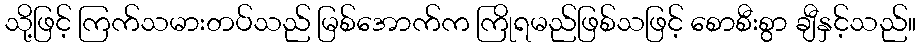
သို့ဖြင့် ကြက်သမားတပ်သည် မြစ်အောက်က ကြိုရမည်ဖြစ်သဖြင့် စောစီးစွာ ချီနှင့်သည်။